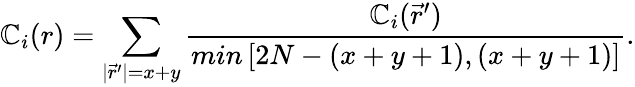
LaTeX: \mathbb{C}_{i}(r)=\sum_{|\vec{{r}}^{\prime}|=x+y}\frac{{\mathbb{C}_{i}(\vec{{r}}^{\prime})}}{{min\left[2N-(x+y+1),(x+y+1)\right]}}.